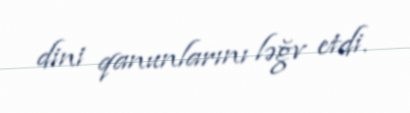
dini qanunlarını ləğv etdi.